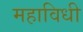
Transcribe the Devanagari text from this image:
महाविधी